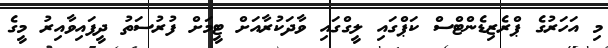
މި އަހަރުގެ ޕްރެޒިޑެންޓްސް ކަޕްގައި ލީގްގައި ވާދަކުރާއަށް ޓީމަށް ފުރުސަތު ދީފައިވާއިރު މީގެ